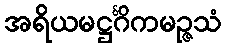
အရိယမဋ္ဌင်္ဂိကမဉ္ဇသံ